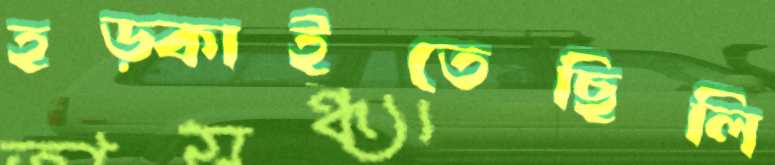
হড়্‌কাইতেছিলি